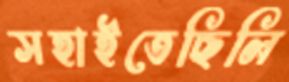
সহাইতেছিলি